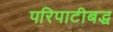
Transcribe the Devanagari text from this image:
परिपाटीबद्ध